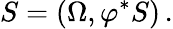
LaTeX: S=(\Omega,\varphi^{*}S)\, .